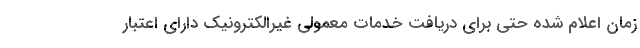
زمان اعلام شده حتی برای دریافت خدمات معمولی غیرالکترونیک دارای اعتبار